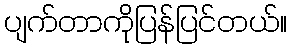
ပျက်တာကိုပြန်ပြင်တယ်။